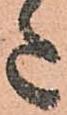
た